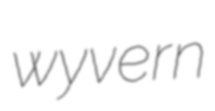
wyvern